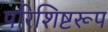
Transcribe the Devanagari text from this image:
परिशिष्टरूप